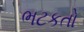
ભટકતો